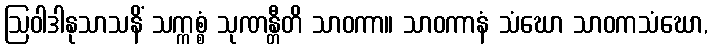
ဩဝါဒါနုသာသနိံ သက္ကစ္စံ သုဏန္တီတိ သာဝကာ။ သာဝကာနံ သံဃော သာဝကသံဃော,